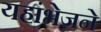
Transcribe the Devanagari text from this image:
यहांभेजने